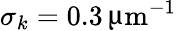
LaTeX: \sigma_{k}=0.3\, \upmu\mathrm{m}^{-1}